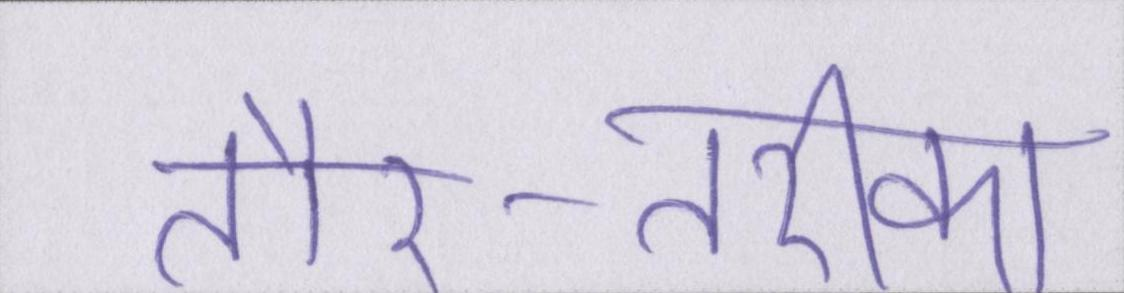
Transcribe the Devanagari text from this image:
तौर-तरीका